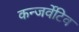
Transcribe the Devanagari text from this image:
कन्जर्वेटिव